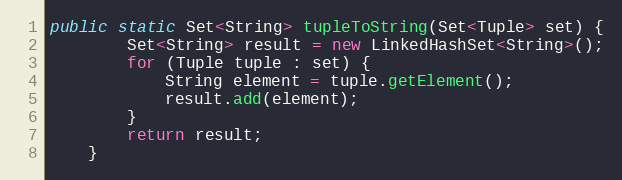
Language: Java
public static Set<String> tupleToString(Set<Tuple> set) {
		Set<String> result = new LinkedHashSet<String>();
		for (Tuple tuple : set) {
			String element = tuple.getElement();
			result.add(element);
		}
		return result;
	}